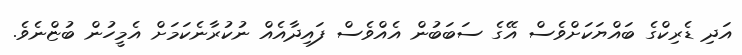
އަދި ޑެރިކްގެ ބައްޔަކަށްވެސް އޭގެ ސަބަބުން އެއްވެސް ފައިދާއެއް ނުކުރާނެކަމަށް އެމީހުން ބުޏްނެވެ.